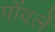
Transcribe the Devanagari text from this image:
पोंवर्ले